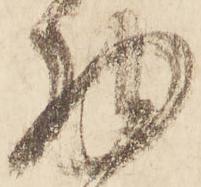
物